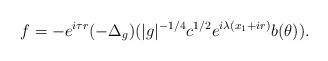
LaTeX: \begin{align*}f=-e^{i\tau r}(-\Delta_{g})(|g|^{-1/4}c^{1/2}e^{i\lambda(x_1+ir)}b(\theta)).\end{align*}